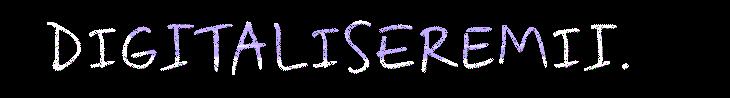
DIGITALISEREMII.